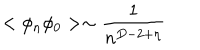
LaTeX: < \phi _ { n } \phi _ { 0 } > \sim \frac { 1 } { n ^ { D - 2 + \eta } }